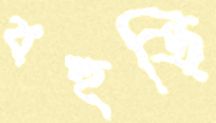
বহুড়ি